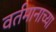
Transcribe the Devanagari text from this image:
वर्तमानाच्या